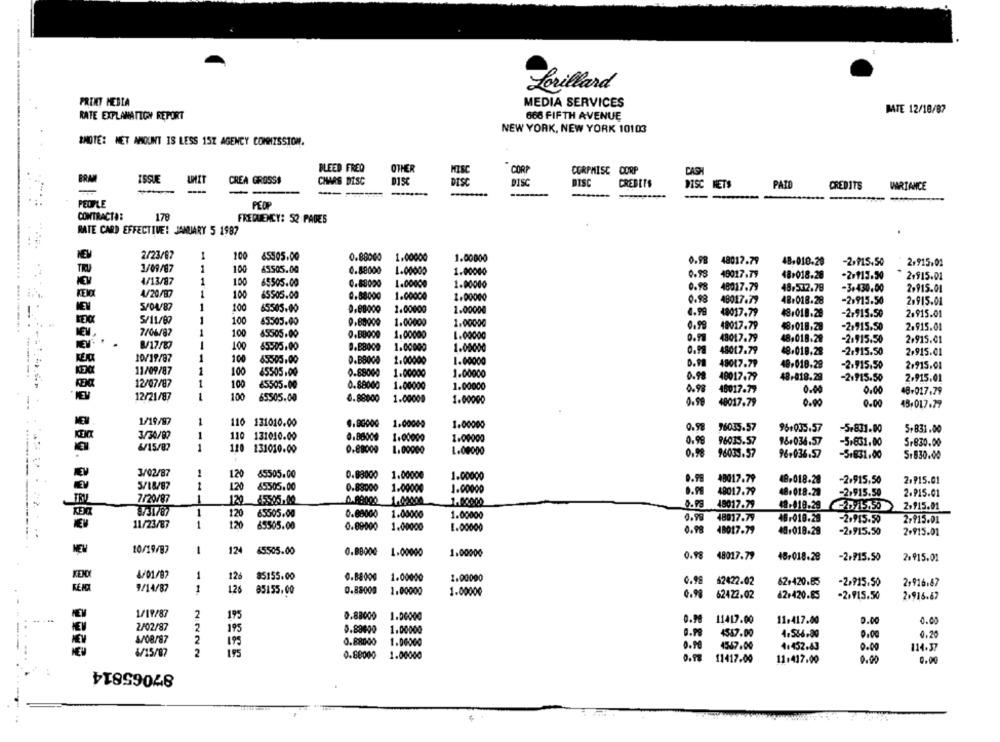
Lorillard
PRINT MEDIA
MEDIA SERVICES
BATE 12/18/87
RATE EXPLANATION REPORT
668 FIFTH AVENUE
NEW YORK, NEW YORK 10103
*NOTE: NET AMOUNT IS LESS 15% AGENCY COMMISSION.
BLEED FRED
OTHER
MISC
CORP
CORPMISC CORP
CASH
BRAM
ISSUE
CREA GROSS$
CHARS DISC
DISC
DISC
DISC
DISC
CREDITS
DISC HETS
PAID
CREDITS
VARIANCE
-
----
PEOPLE
PEOP
CONTRACTA:
178
FREQUENCY: 52 PAGES
RATE CARD EFFECTIVE! JANUARY 5 1987
NEM
2/23/97
1
100
65505.00
0.88000
1.00000
1.00000
1/09/87
1
0.98 48017.79
48,018-28
-2,PLS.50
2.915.01
TRU
100
65505.00
0.88000
1.00000
1.00000
0.98
18017.79
48-018.28
KEM
4/13/87
1
100
65505.00
0.88000
-2/113.50
2+915.01
1.00000
1.00000
0.98
48017.79
48.532.78
-3.430.00
2,915.01
KENX
4/20/97
100
0.88000
1.00000
1.00000
1
0.98
48017.79
48+018.28
-2.915.50
2.915.01
IEV
5/04/87
100
65505.00
1.00000
1.00000
4.99
48017.79
-2,915.50
5/11/87
1
100
65505.00
48,018.28
2.915.01
1.00000
1.00000
0.99
48017.79
48,018.28
-2,915.50
2.915.01
7/06/87
100
45505.00
0.B8000
1.00000
1.00000
0.93
48017.79
48,018.28
-2.915.50
2,915.01
817:
--
100
65505.00
D.B8000
1.00000
1.05000
0.98
1
48017.79
48,018.28
-2.915.50
2.915.01
10/19/87
10
65505.00
D.B8000
1.00000
1.00000
D.M
49017.79
48-018.28
11/09/87
1
100
45505.00
-2.915.50
2.915.01
0.88000
1.00000
1.00000
0.98
48017.79
48-018.29
-2,915.50
2.915.01
12/07/87
1
100
€5505.00
0.88000
1.00000
1.00000
0.98
46017.77
0.00
0.00
48-017.79
12/21/87
1
100
65505.00
8.88000
1.00009
1.00000
0.98
48017.79
0.00
0.00
48,017.79
NEW
1/19/97
110
131010.00
1.00000
1.00000
0.9
76035.57
96+035.57
-5.831.00
5,831.00
...
3/30/87
110
110 131010.00
0.88000
1.00000
1.00000
0.99
96035.57
98.034.57
-5.831,00
5.830.00
6/15/87
-11
110
110 131010.00
0,88000
1.00000
1.00000
0.98
96033.57
96,036.57
-51831,00
51830.00
3/02/87
1
120
65505.00
0.88000 1.00000
1.00000
0.PS
48017.79
48,018-28
-2,915,50
2,₱15.01
5/18/87
1
120
65505.00
0.88000
1.00000
1.00000
TRV
7/20/87
48017.79
48.018.28
2,915.50
2.P15.01
120
45505.00
1.00000
48017.79
8731787
120
65505.00
0.88000
49-418.29 20/1.50
2,915.01
1.00000
1.00000
0.98
48017.79
48-018.29
-2,915.50
2-915.01
11/23/87
1
120
65505.00
0.89000
1.00000
1.00000
0.98
48017.79
40,018.29
-2,915.50
2+915.01
10/19/87
124
65505.00
-
0.88000
1.00000
1.00000
0.98 48017.79
48-018.28
-2,715.50
2.915.01
4/01/87
1
126
85155.00
0.88000
1.00000
1.00000
0.98
62422.02
62+420.85
-2,915.50
2,916.87
9/14/87
1
126
85155.00
0.88000
1.00000
1.00000
62422.02
62+420.85
-2,915.50
2.916.67
1/19/87
2
0.88000
1.00000
-..
195
0.90
11417.00
11.417.00
0.00
0.00
KEV
2/02/87
2
195
0.83600
1.00000
4/08/87
2
4567.00
4.566.00
0.00
0.20
199
0.88000
1.06000
O. P
1547.00
0.00
4/15/87
2
195
4+452.43
114.37
0.88000
1.00000
11417.00
11:417.00
0.00
0.00
87065814